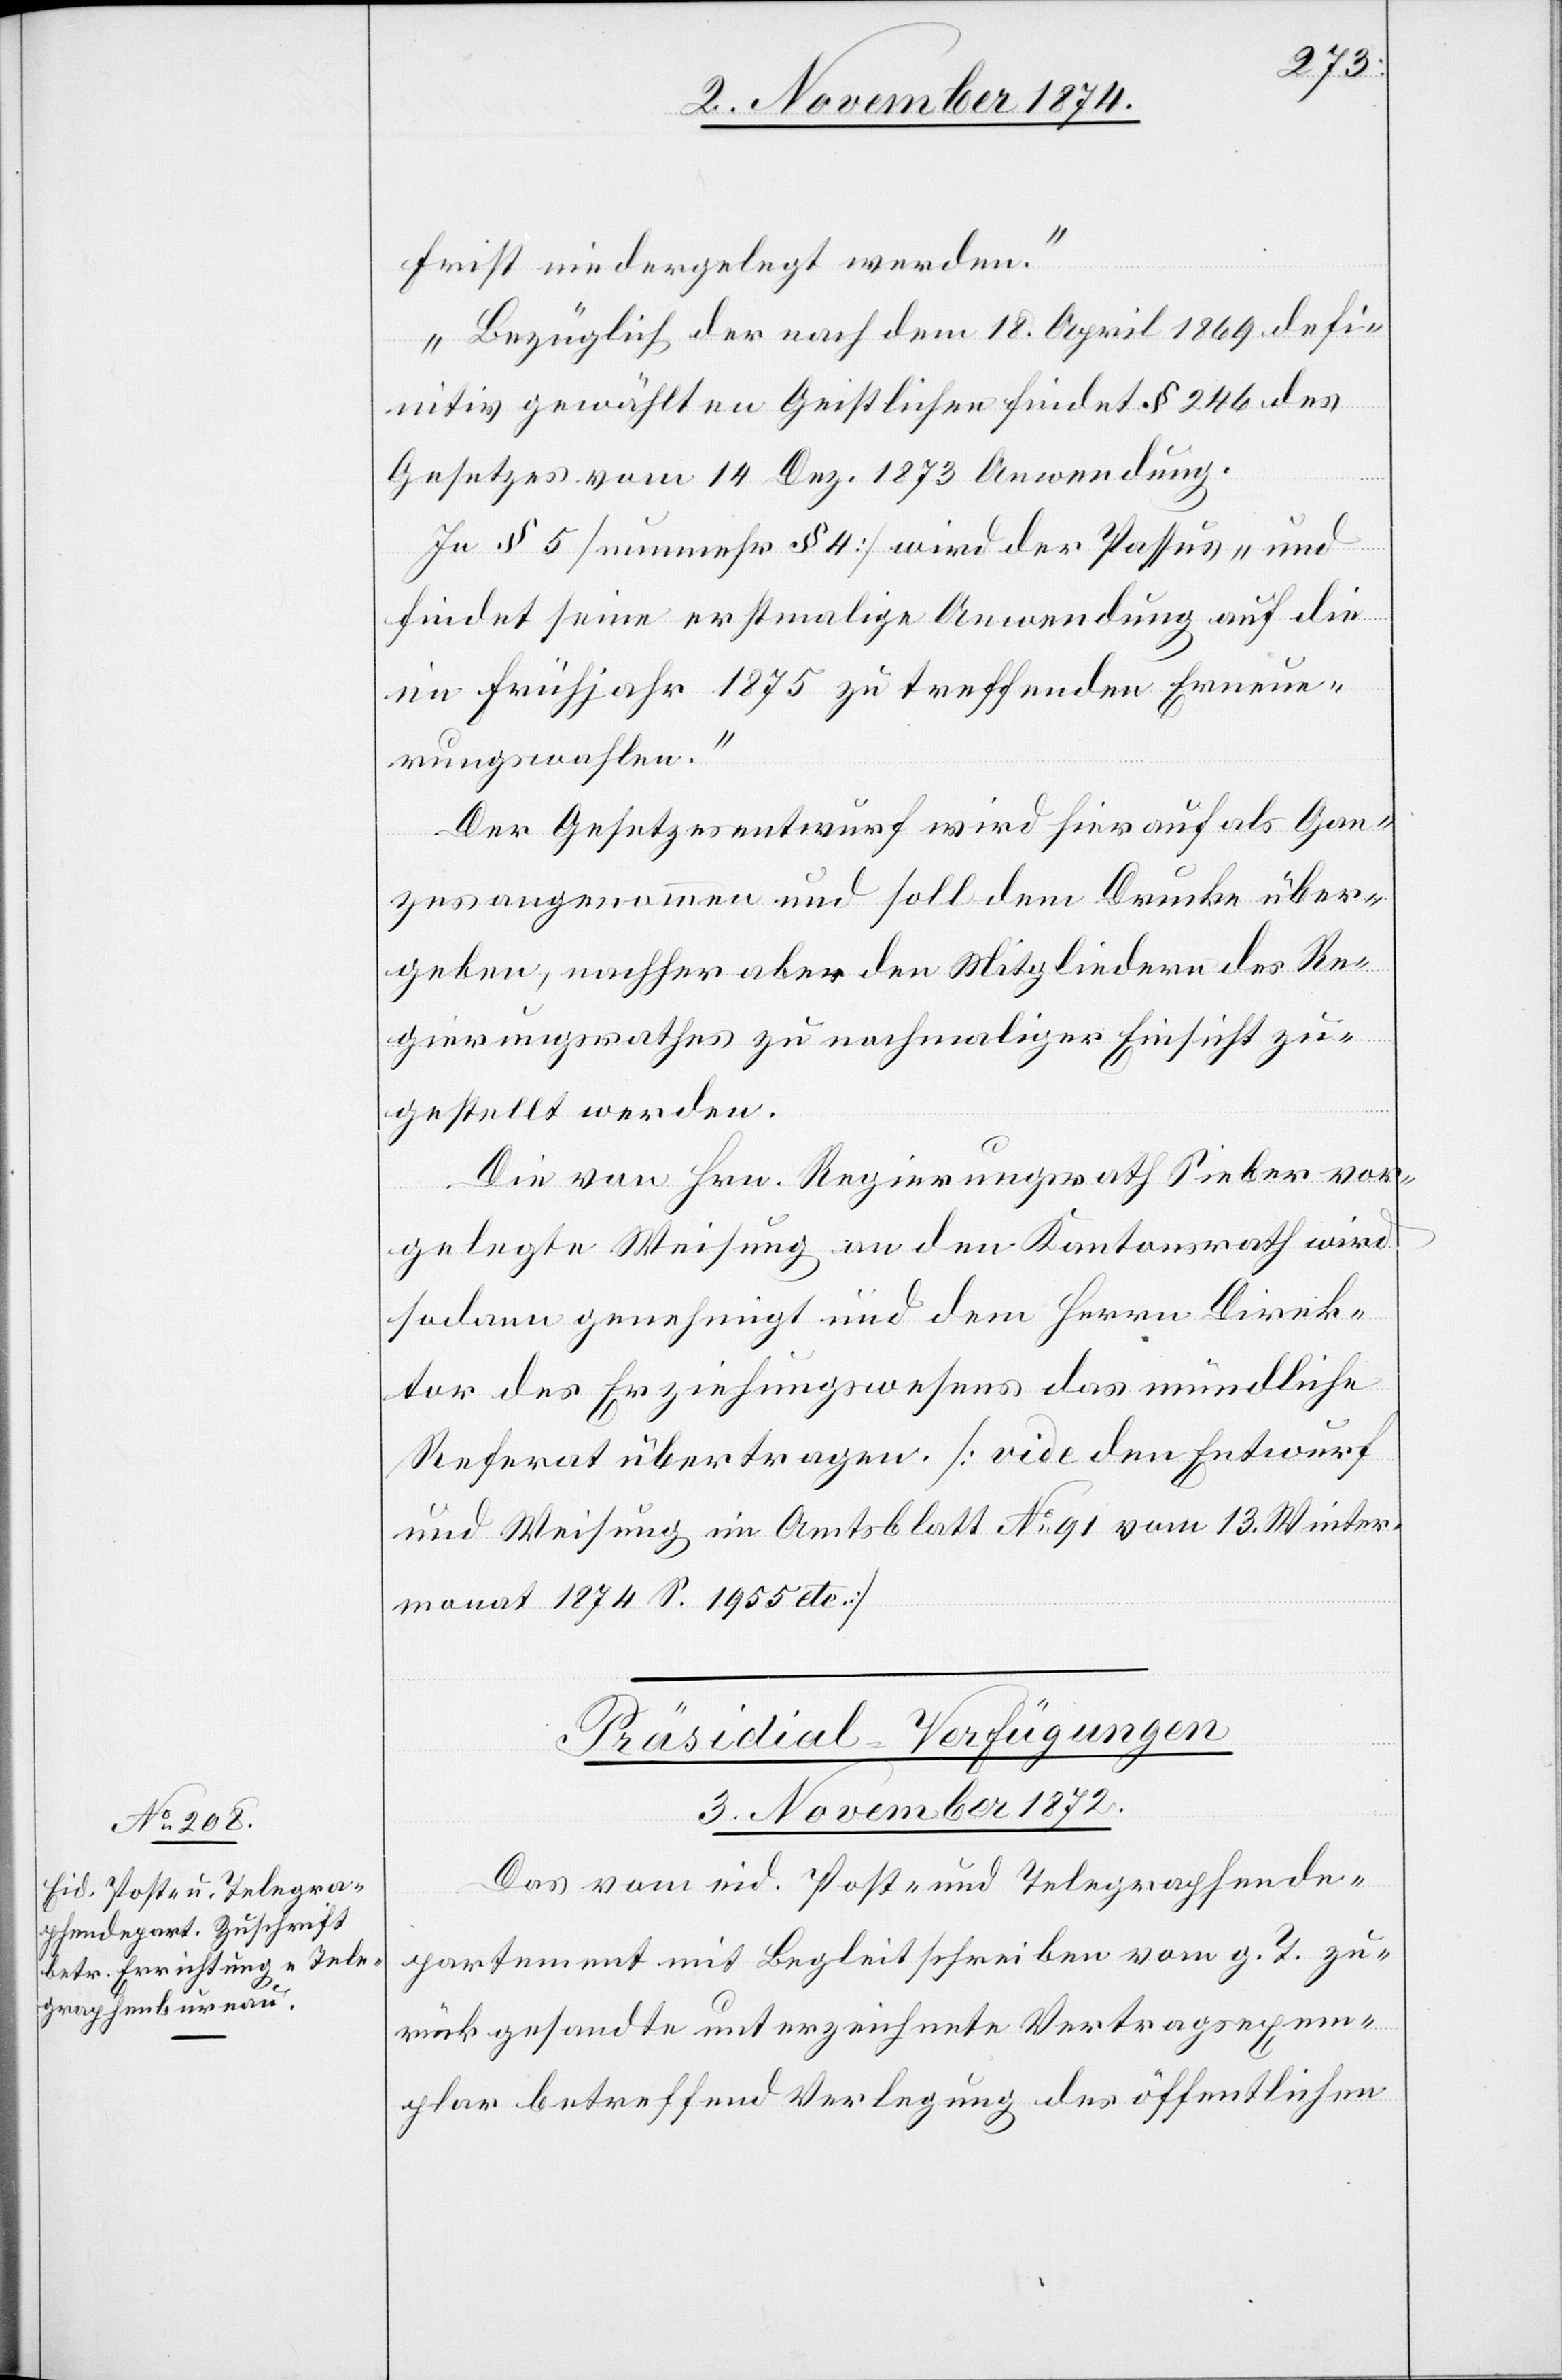
Frist niedergelegt werden.
Bezüglich der nach dem 18. April 1869 defi¬
nitiv gewählten Geistlichen findet § 246 des
Gesetzes vom 14. Dez. 1873 Anwendung.[“]
In § 5 [nunmehr § 4] wird der Passus „und
findet seine erstmalige Anwendung auf die
im Frühjahr 1875 zu treffenden Erneue¬
rungswahlen.“
Der Gesetzesentwurf wird hierauf als Gan¬
zes angenommen und soll dem Drucke über¬
geben, nachher aber den Mitgliedern des Re¬
gierungsrathes zu nochmaliger Einsicht zu¬
gestellt werden.
Die von Hrn. Regierungsrath Sieber vor¬
gelegte Weisung an den Kantonsrath wird
sodann genehmigt und dem Herrn Direk¬
tor des Erziehungswesens das mündliche
Referat übertragen. [vide den Entwurf
und Weisung im Amtsblatt No 91 vom 13. Winter¬
monat 1874 S. 1955 etc.]
Präsidial-Verfügungen
3. November 1872.
Das vom eid. Post- und Telegraphende¬
partement mit Begleitschreiben vom g. T. zu¬
rückgesandte unterzeichnete Vertragsexem¬
plar betreffend Verlegung des öffentlichen